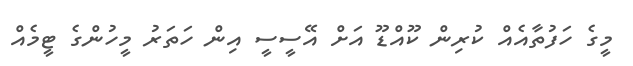
މީގެ ހަފުތާއެއް ކުރިން ކޫއްޑޫ އަށް އޭސީސީ އިން ހަތަރު މީހުންގެ ޓީމެއް